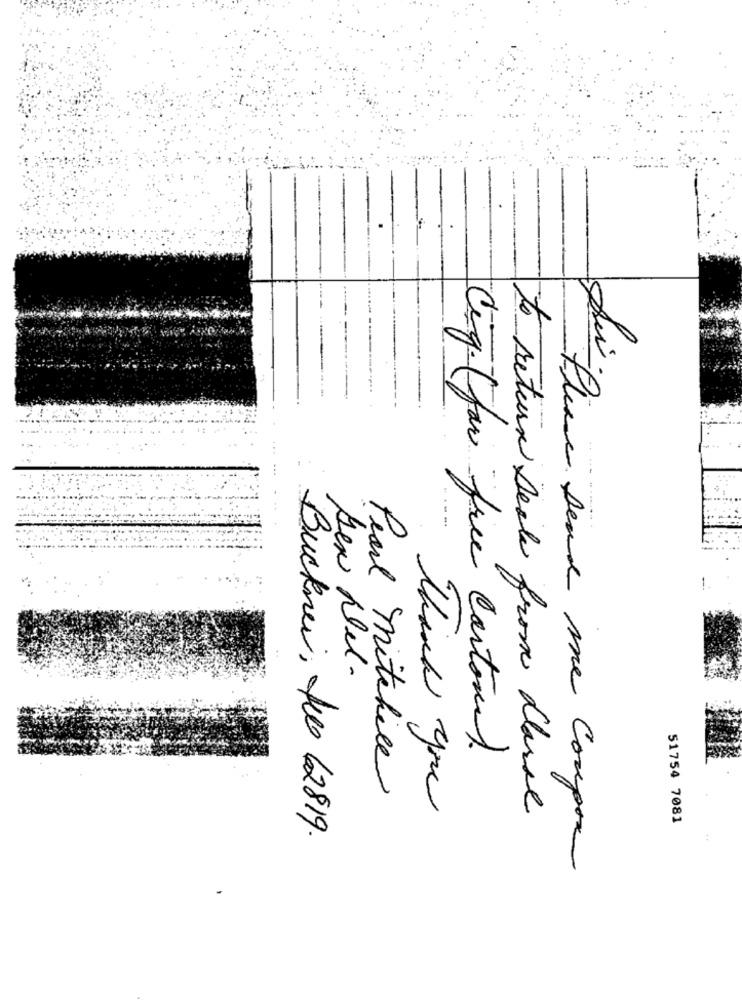
.
1.
Sex Del.
Cig. (for free Cartone).
Pearl mitchile
Thank you
to return seck from Classe
51754 7081
Buckner, Jus 62819.
:
ber Please send me Coupon